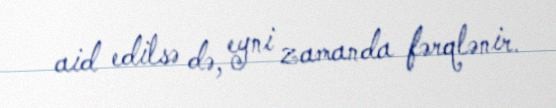
aid edilsə də, eyni zamanda fərqlənir.